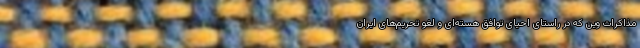
مذاکرات وین که در راستای احیای توافق هسته‌ای و لغو تحریم‌های ایران